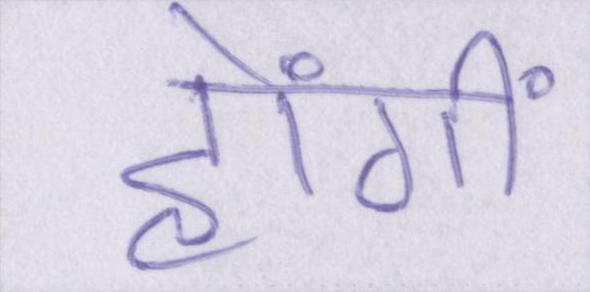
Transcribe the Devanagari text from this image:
होंगीं